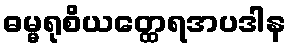
ဓမ္မရုစိယတ္ထေရအပဒါန